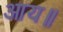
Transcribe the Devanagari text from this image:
आय॥